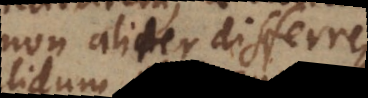
non aliter differre,